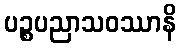
ပဉ္စပညာသဝဿာနိ